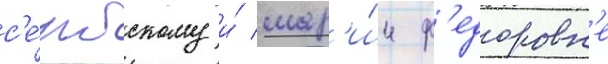
с'е́рбскому и́ мар'и́и ф'едоровн'е